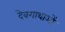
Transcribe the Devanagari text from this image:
देवगाथाओं